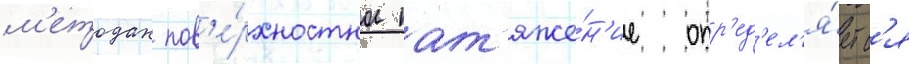
м'етодах пов'е́рхностное нат'яже́н'ие опр'ед'ел'я́етс'я